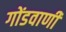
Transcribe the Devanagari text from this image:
गोंडवाणी